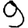
Digit: 9